Document type: Sale
Year: 1235
Scribe: Pere de Bages
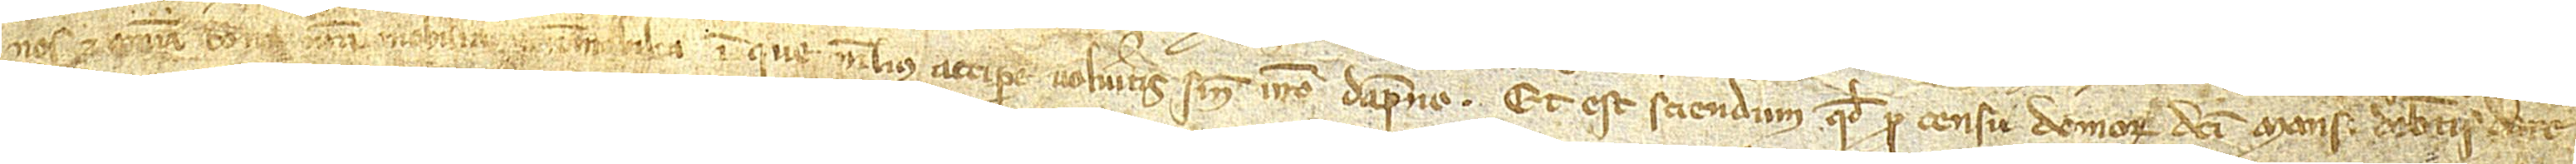
nos et omnis bona nostra, mobilia et immobilia, in que melius accipere volueritis, sine vestro dampno. Et est sciendum quod pro censu domorum dicti mansi debetis dare